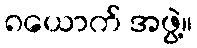
၈ယောက် အဖွဲ့။